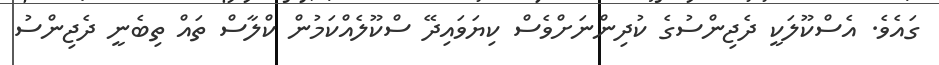
ގައެވެ. އެސްކޫލަކީ ދެޖިންސުގެ ކުދިންނަށްވެސް ކިޔަވައިދޭ ސްކޫލެއްކަމުން ކްލާސް ތައް ތިބެނީ ދެޖިންސު